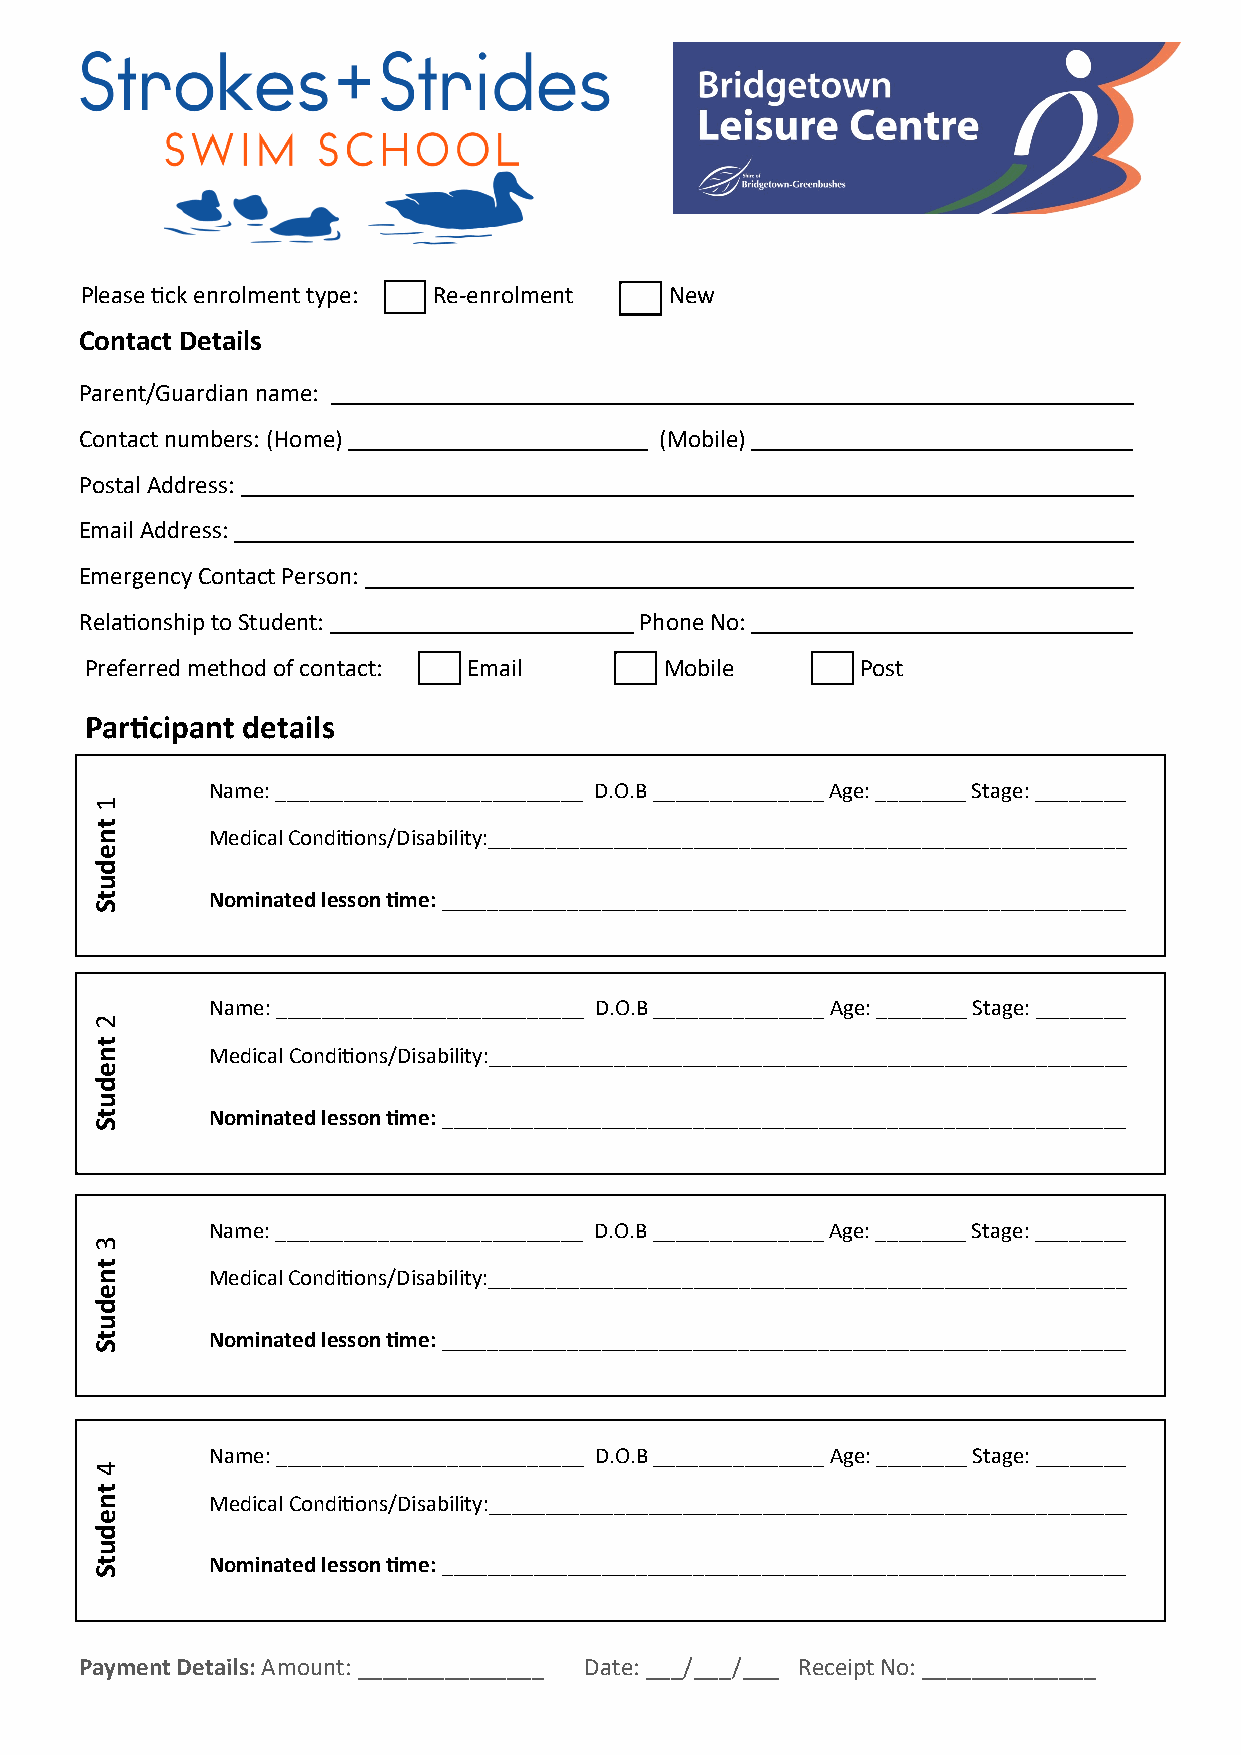
Please tick enrolment type: Re-enrolment New
 Contact Details
 Parent/Guardian name:
 Contact numbers: (Home)                (Mobile)
 Postal Address:
 Email Address:
 Emergency Contact Person:
 Relationship to Student:             Phone No:
 Preferred method of contact: Email    Mobile       Post
 Participant details
 Name: ___________________________ D.O.B _______________ Age: ________ Stage: ________
 1
 t
 n       Medical Conditions/Disability:________________________________________________________
 e
 d
 u
 t       Nominated lesson time: ____________________________________________________________
 S
 Name: ___________________________ D.O.B _______________ Age: ________ Stage: ________
 2
 t
 n       Medical Conditions/Disability:________________________________________________________
 e
 d
 u
 t       Nominated lesson time: ____________________________________________________________
 S
 Name: ___________________________ D.O.B _______________ Age: ________ Stage: ________
 3
 t
 n       Medical Conditions/Disability:________________________________________________________
 e
 d
 u
 t       Nominated lesson time: ____________________________________________________________
 S
 Name: ___________________________ D.O.B _______________ Age: ________ Stage: ________
 4
 t
 n       Medical Conditions/Disability:________________________________________________________
 e
 d
 u
 t       Nominated lesson time: ____________________________________________________________
 S
 Payment Details: Amount: _______________ Date: ___/___/___ Receipt No: ______________